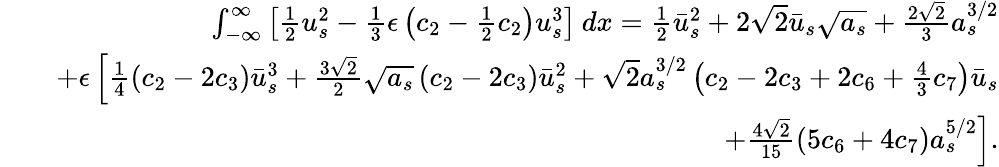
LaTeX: \begin{array}{rlr}&{}&{\int_{-\infty}^{\infty}\left[\frac{1}{2}u_{s}^{2}-\frac{1}{3}\epsilon\left(c_{2}-\frac{1}{2}c_{2}\right)u_{s}^{3}\right]\: dx=\frac{1}{2}\bar{u}_{s}^{2}+2\sqrt{2}\bar{u}_{s}\sqrt{a_{s}}+\frac{2\sqrt{2}}{3}a_{s}^{3/2}}\\ &{}&{\mathrm+\epsilon\left[\frac{1}{4}\left(c_{2}-2c_{3}\right)\bar{u}_{s}^{3}+\frac{3\sqrt{2}}{2}\sqrt{a_{s}}\left(c_{2}-2c_{3}\right)\bar{u}_{s}^{2}+\sqrt{2}a_{s}^{3/2}\left(c_{2}-2c_{3}+2c_{6}+\frac{4}{3}c_{7}\right)\bar{u}_{s}\right.}\\ &{}&{\left.\mathrm+\frac{4\sqrt{2}}{15}\left(5c_{6}+4c_{7}\right)a_{s}^{5/2}\right].}\end{array}